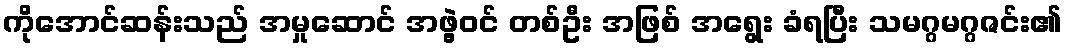
ကိုအောင်ဆန်းသည် အမှုဆောင် အဖွဲ့ဝင် တစ်ဦး အဖြစ် အရွေး ခံရပြီး သမဂ္ဂမဂ္ဂဇင်း၏